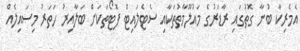
އެމެރިކާ ބުނާ ގޮތުގައި ރާޑަރުގެ މައުލޫމާތުތަކާއި ސެޓެލައިޓް ފޮޓޯތަކަށް ބަލާއިރު ހަތަރު މިސައިލެއް